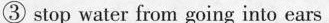
③ stop water from going into ears